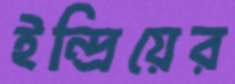
ইন্দ্রিয়ের